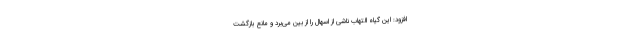
افزود: این گیاه التهاب ناشی از اسهال را از بین می‌برد و مانع بازگشت